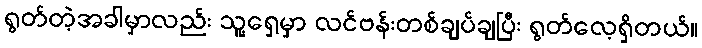
ရွတ်တဲ့အခါမှာလည်း သူ့ရှေ့မှာ လင်ဗန်းတစ်ချပ်ချပြီး ရွတ်လေ့ရှိတယ်။